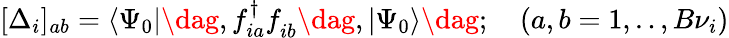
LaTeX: \begin{array}{r}{[\Delta_{i}]_{ab}=\langle\Psi_{0}|\dag,f_{ia}^{\dagger}f_{ib}^{\phantom{\dagger}}\dag,|\Psi_{0}\rangle\dag;\quad(a,b=1,..,B\nu_{i})}\end{array}